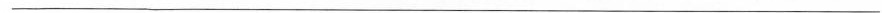
___